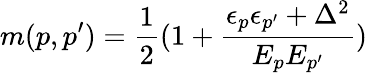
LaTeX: m(p,p^{\prime})=\frac{1}{2}(1+\frac{\epsilon_{p}\epsilon_{p^{\prime}}+\Delta^{2}}{E_{p}E_{p^{\prime}}})